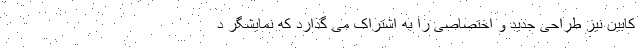
کابین نیز طراحی جدید و اختصاصی را به اشتراک می گذارد که نمایشگر د